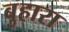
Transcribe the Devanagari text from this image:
बुहारा